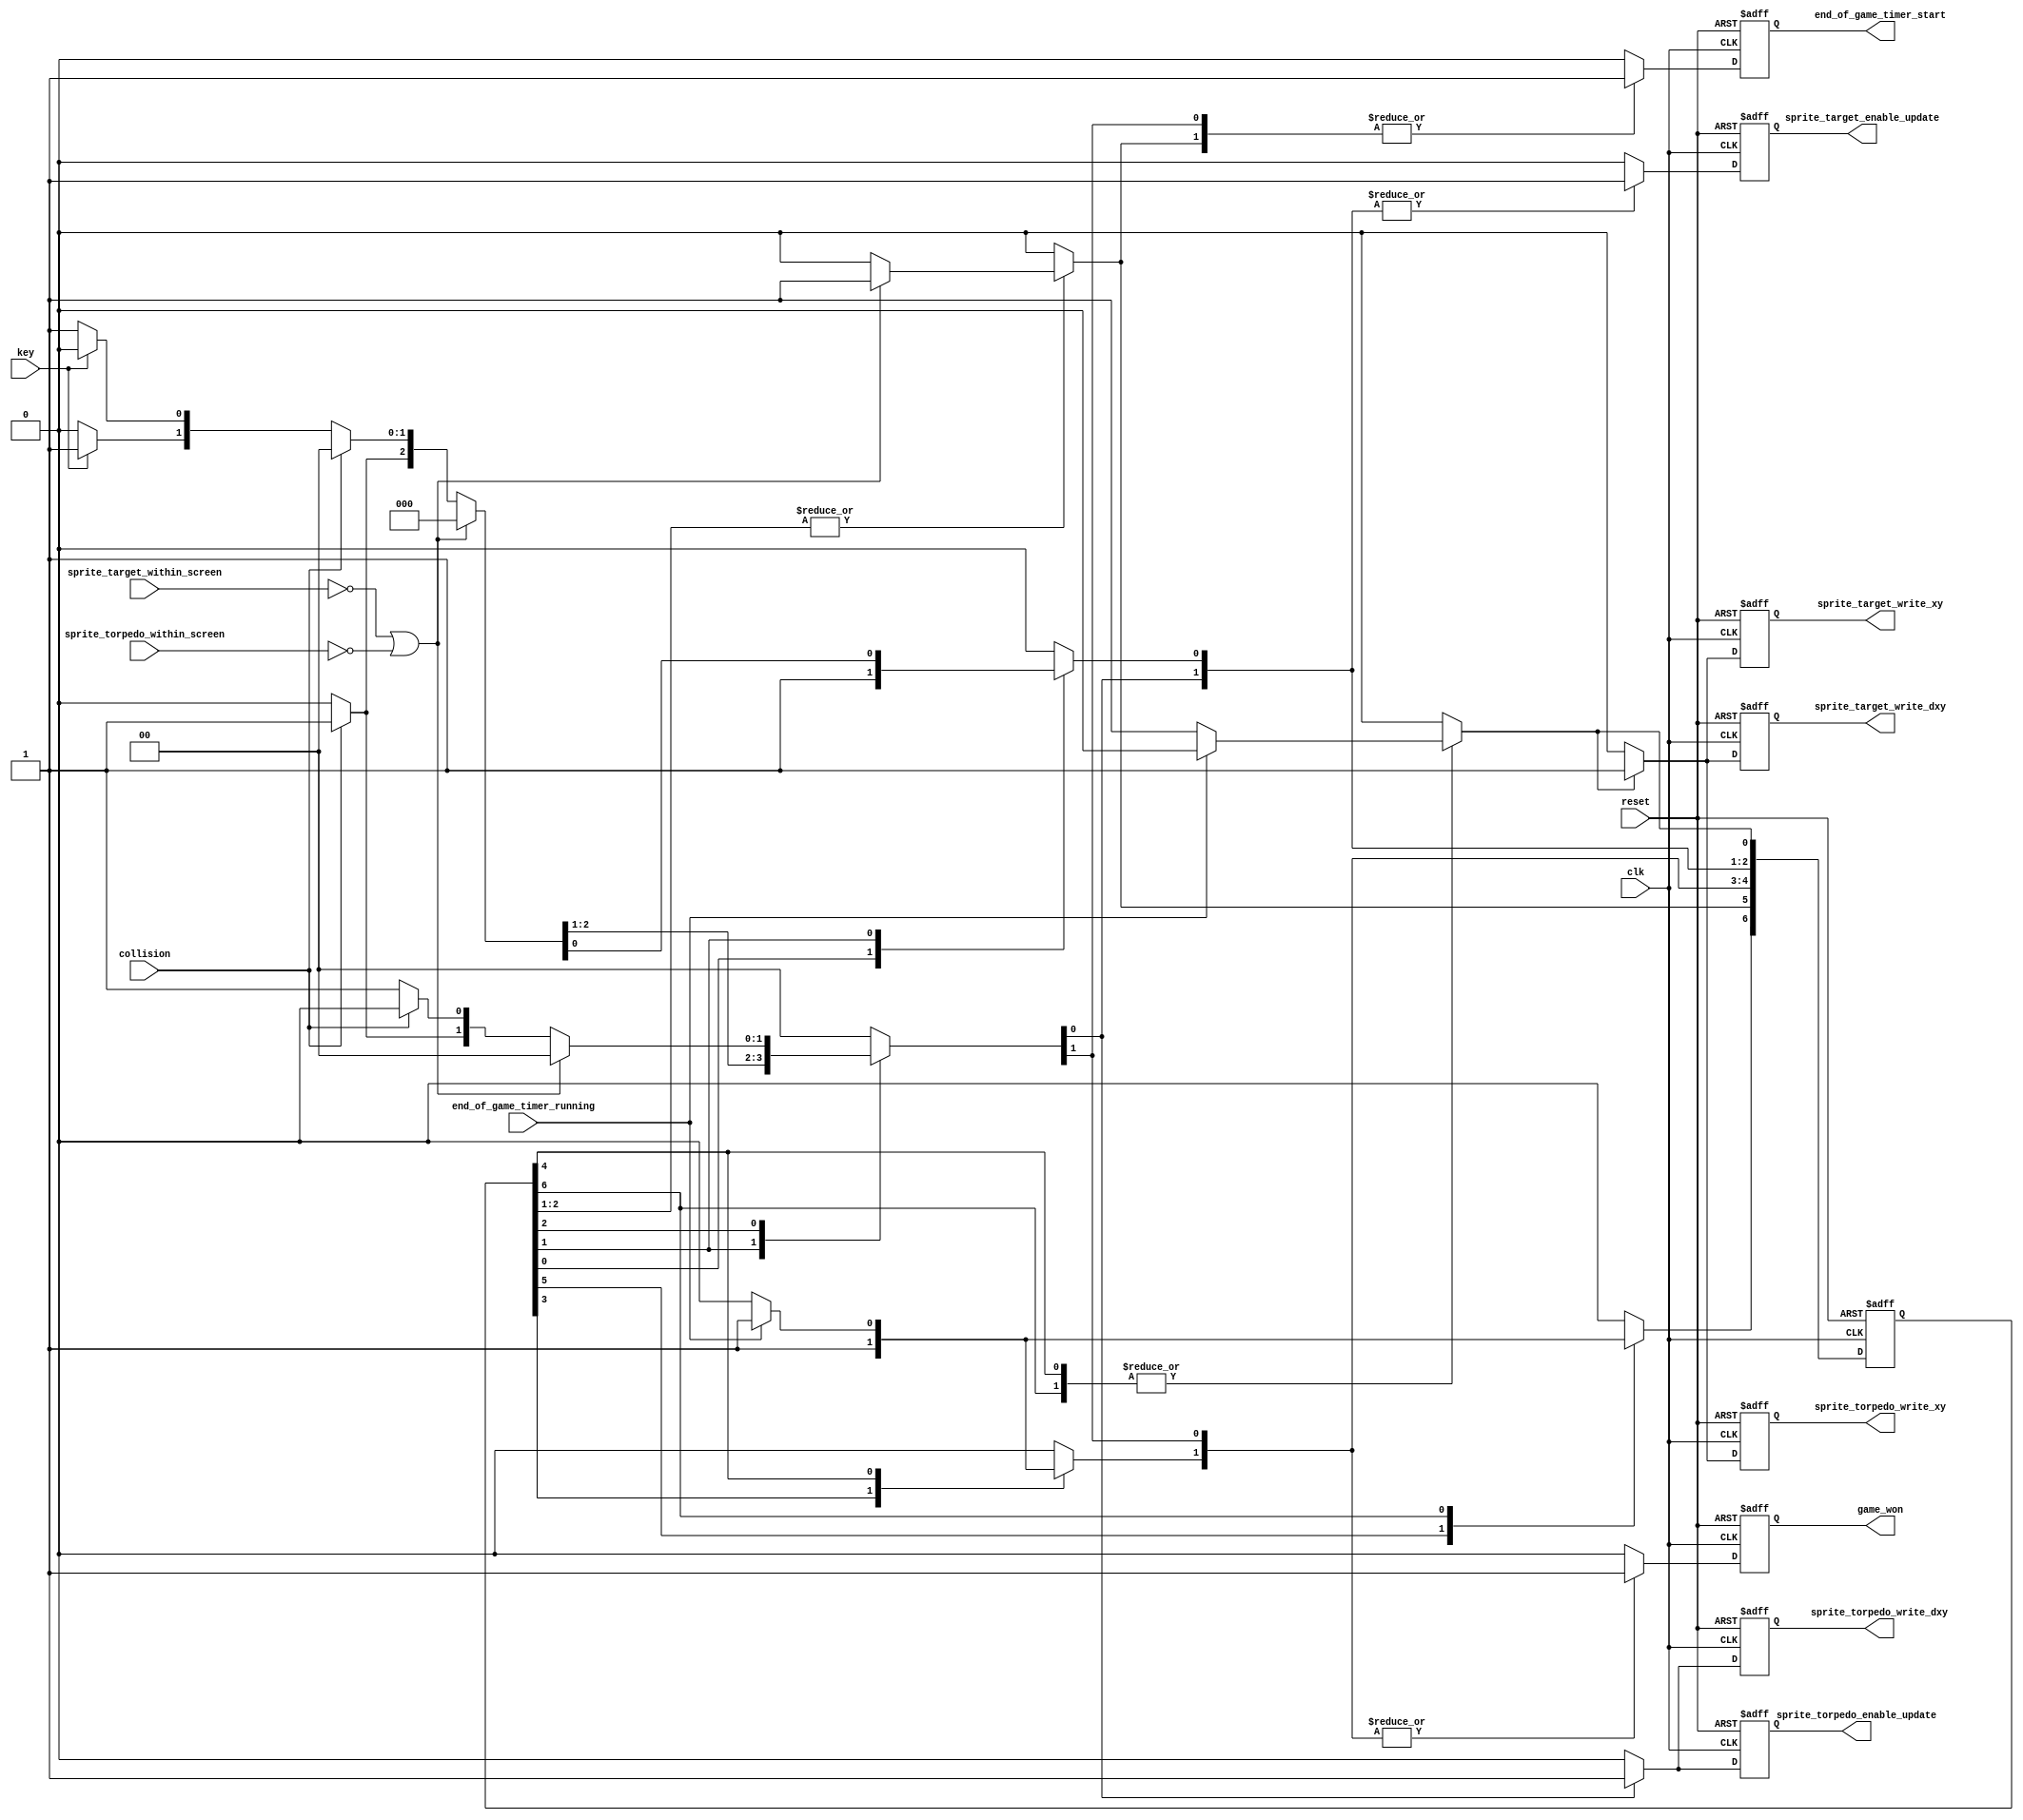
module game_master_fsm_6_good_style_of_one_hot_three_always_more_states
(
    input      clk,
    input      reset,

    input      key,

    output reg sprite_target_write_xy,
    output reg sprite_torpedo_write_xy,

    output reg sprite_target_write_dxy,
    output reg sprite_torpedo_write_dxy,

    output reg sprite_target_enable_update,
    output reg sprite_torpedo_enable_update,

    input      sprite_target_within_screen,
    input      sprite_torpedo_within_screen,

    input      collision,

    output reg end_of_game_timer_start,
    output reg game_won,

    input      end_of_game_timer_running
);

    // Using one-hot

    //------------------------------------------------------------------------

    localparam STATE_START    = 0,
               STATE_AIM      = 1,
               STATE_SHOOT    = 2,
               STATE_WON      = 3,
               STATE_WON_END  = 4,
               STATE_LOST     = 5,
               STATE_LOST_END = 6;

    //------------------------------------------------------------------------

    reg [6:0] state;
    reg [6:0] n_state;

    //------------------------------------------------------------------------

    wire out_of_screen
        =   ~ sprite_target_within_screen
          | ~ sprite_torpedo_within_screen;

    //------------------------------------------------------------------------

    always @*
    begin
        n_state = 7'b0;

        case (1'b1)  // synopsys parallel_case

        state [STATE_START]:                 n_state [ STATE_AIM      ] = 1'b1;

        state [STATE_AIM]:

            if      ( out_of_screen        ) n_state [ STATE_LOST     ] = 1'b1;
            else if ( collision            ) n_state [ STATE_WON      ] = 1'b1;
            else if ( key                  ) n_state [ STATE_SHOOT    ] = 1'b1;
            else                             n_state [ STATE_AIM      ] = 1'b1;

        state [STATE_SHOOT]:

            if      ( out_of_screen        ) n_state [ STATE_LOST     ] = 1'b1;
            else if ( collision            ) n_state [ STATE_WON      ] = 1'b1;
            else                             n_state [ STATE_SHOOT    ] = 1'b1;

        state [STATE_WON]:
                                             n_state [ STATE_WON_END  ] = 1'b1;

        state [STATE_WON_END]:

            if ( end_of_game_timer_running ) n_state [ STATE_WON_END  ] = 1'b1;
            else                             n_state [ STATE_START    ] = 1'b1;

        state [STATE_LOST]:

                                             n_state [ STATE_LOST_END ] = 1'b1;

        state [STATE_LOST_END]:

            if ( end_of_game_timer_running ) n_state [ STATE_LOST_END ] = 1'b1;
            else                             n_state [ STATE_START    ] = 1'b1;

        endcase
    end

    //------------------------------------------------------------------------

    always @ (posedge clk or posedge reset)
        if (reset)
            state <= (7'b1 << STATE_START);
        else
            state <= n_state;

    //------------------------------------------------------------------------

    always @ (posedge clk or posedge reset)
        if (reset)
        begin
            sprite_target_write_xy            <= 1'b0;
            sprite_torpedo_write_xy           <= 1'b0;

            sprite_target_write_dxy           <= 1'b0;
            sprite_torpedo_write_dxy          <= 1'b0;

            sprite_target_enable_update       <= 1'b0;
            sprite_torpedo_enable_update      <= 1'b0;

            end_of_game_timer_start           <= 1'b0;
            game_won                          <= 1'b0;
        end
        else
        begin
            sprite_target_write_xy            <= 1'b0;
            sprite_torpedo_write_xy           <= 1'b0;

            sprite_target_write_dxy           <= 1'b0;
            sprite_torpedo_write_dxy          <= 1'b0;

            sprite_target_enable_update       <= 1'b0;
            sprite_torpedo_enable_update      <= 1'b0;

            end_of_game_timer_start           <= 1'b0;
            game_won                          <= 1'b0;

            //--------------------------------------------------------------------

            case (1'b1)  // synopsys parallel_case

            n_state [STATE_START]:
            begin
                sprite_target_write_xy        <= 1'b1;
                sprite_torpedo_write_xy       <= 1'b1;

                sprite_target_write_dxy       <= 1'b1;
            end

            n_state [STATE_AIM]:
            begin
                sprite_target_enable_update   <= 1'b1;
            end

            n_state [STATE_SHOOT]:
            begin
                sprite_torpedo_write_dxy      <= 1'b1;

                sprite_target_enable_update   <= 1'b1;
                sprite_torpedo_enable_update  <= 1'b1;
            end

            n_state [STATE_WON]:
            begin
                end_of_game_timer_start       <= 1'b1;
                game_won                      <= 1'b1;
            end

            n_state [STATE_WON_END]:
            begin
                game_won                      <= 1'b1;
            end

            n_state [STATE_LOST]:
            begin
                end_of_game_timer_start       <= 1'b1;
            end

            n_state [STATE_LOST_END]:
            begin
            end

            endcase
        end

endmodule